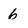
Character: 6